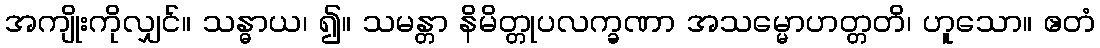
အကျိုးကိုလျှင်။ သန္ဓာယ၊ ၍။ သမန္တာ နိမိတ္တုပလက္ခဏာ အသမ္မောဟတ္တတိ၊ ဟူသော။ ဧတံ